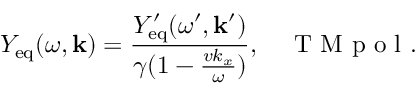
Y _ { \mathrm { e q } } ( \omega , \mathbf { k } ) = \frac { Y _ { \mathrm { e q } } ^ { \prime } ( \omega ^ { \prime } , \mathbf { k } ^ { \prime } ) } { \gamma ( 1 - \frac { v k _ { x } } { \omega } ) } , \quad \textrm { T M p o l . }